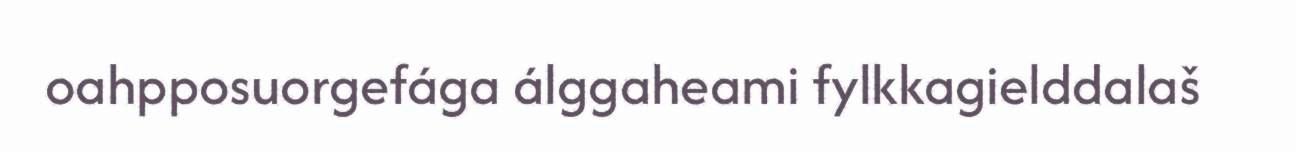
oahpposuorgefága álggaheami fylkkagielddalaš